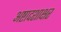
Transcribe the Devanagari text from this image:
अष्टादशाक्षर